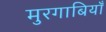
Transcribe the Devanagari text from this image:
मुरगाबियाँ